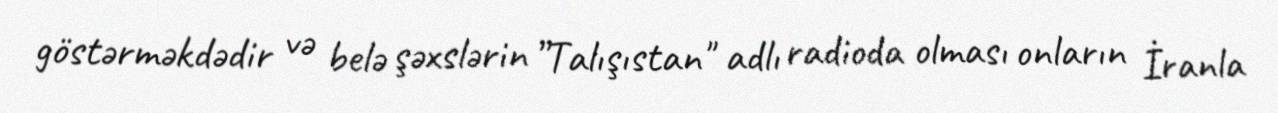
göstərməkdədir və belə şəxslərin ”Talışıstan" adlı radioda olması onların İranla